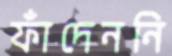
ফাঁদেননি